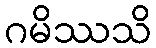
ဂမိဿသိ